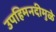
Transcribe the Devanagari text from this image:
उपहिमनदीमुळे